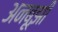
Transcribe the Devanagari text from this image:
अनबूझी